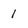
Character: 1